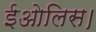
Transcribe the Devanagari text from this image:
ईओलिस।